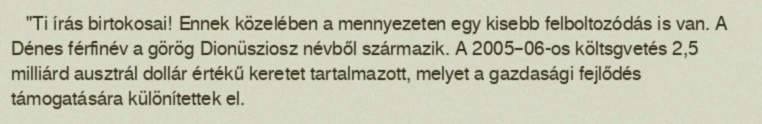
"Ti írás birtokosai! Ennek közelében a mennyezeten egy kisebb felboltozódás is van. A Dénes férfinév a görög Dionüsziosz névből származik. A 2005–06-os költsgvetés 2,5 milliárd ausztrál dollár értékű keretet tartalmazott, melyet a gazdasági fejlődés támogatására különítettek el.